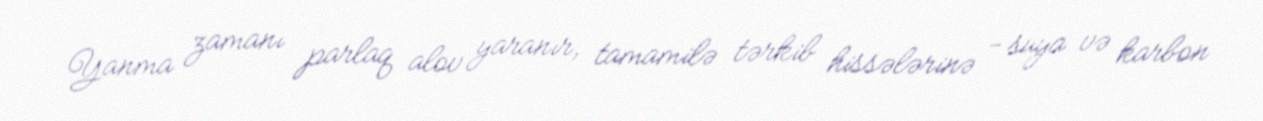
Yanma zamanı parlaq alov yaranır, tamamilə tərkib hissələrinə - suya və karbon